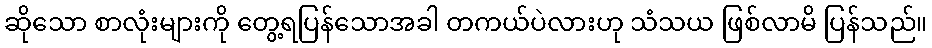
ဆိုသော စာလုံးများကို တွေ့ရပြန်သောအခါ တကယ်ပဲလားဟု သံသယ ဖြစ်လာမိ ပြန်သည်။